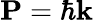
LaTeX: \mathbf{P}=\hbar\mathbf{k}